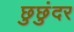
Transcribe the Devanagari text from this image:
छुछुंदर